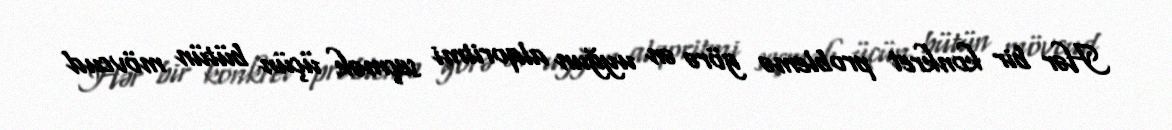
Hər bir konkret problemə görə ən uyğun alqoritmi seçmək üçün bütün mövcud